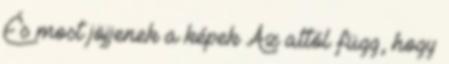
És most jöjjenek a képek Az attól függ, hogy